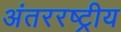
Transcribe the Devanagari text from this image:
अंतररष्ट्रीय